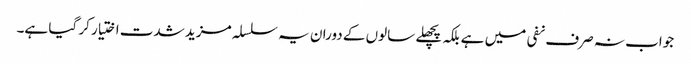
جواب نہ صرف نفی میں ہے بلکہ پچھلے سالوں کے دوران یہ سلسلہ مزید شدت اختیار کر گیا ہے۔